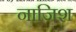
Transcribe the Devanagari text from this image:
नाजिश